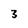
Character: 3